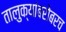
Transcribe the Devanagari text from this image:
तालुक्यांबरोबरच